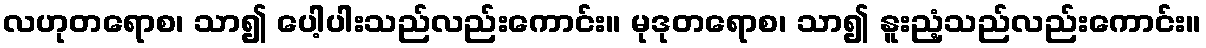
လဟုတရောစ၊ သာ၍ ပေါ့ပါးသည်လည်းကောင်း။ မုဒုတရောစ၊ သာ၍ နူးညံ့သည်လည်းကောင်း။